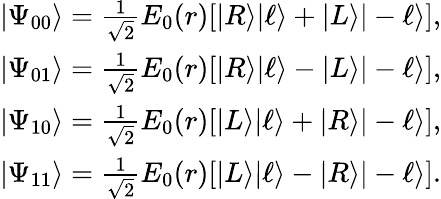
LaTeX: \begin{array}{r}{|\Psi_{00}\rangle=\frac{1}{\sqrt{2}}E_{0}(r)[|R\rangle|\ell\rangle+|L\rangle|-\ell\rangle],}\\ {|\Psi_{01}\rangle=\frac{1}{\sqrt{2}}E_{0}(r)[|R\rangle|\ell\rangle-|L\rangle|-\ell\rangle],}\\ {|\Psi_{10}\rangle=\frac{1}{\sqrt{2}}E_{0}(r)[|L\rangle|\ell\rangle+|R\rangle|-\ell\rangle],}\\ {|\Psi_{11}\rangle=\frac{1}{\sqrt{2}}E_{0}(r)[|L\rangle|\ell\rangle-|R\rangle|-\ell\rangle].}\end{array}